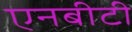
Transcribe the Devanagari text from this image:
एनबीटी